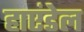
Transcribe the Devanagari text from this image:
हाएंडेल